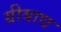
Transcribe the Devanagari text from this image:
ग्रीबाद्य